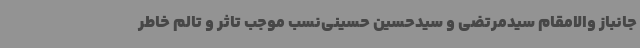
جانباز والامقام سیدمرتضی و سیدحسین حسینی‌نسب موجب تاثر و تالم خاطر